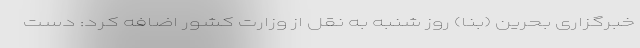
خبرگزاری بحرین (بنا) روز شنبه به نقل از وزارت کشور اضافه کرد: دست